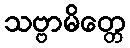
သဗ္ဗာမိတ္တေ